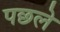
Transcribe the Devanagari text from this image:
पछले